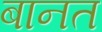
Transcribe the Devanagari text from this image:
बानत